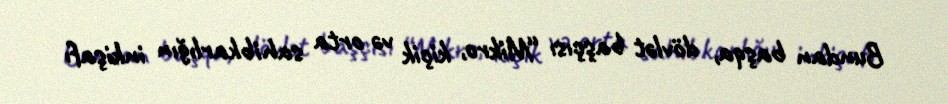
Bundan başqa, dövlət başçısı “Mikro, kiçik və orta sahibkarlığın inkişafı